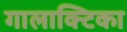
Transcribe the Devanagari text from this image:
गालाक्टिका